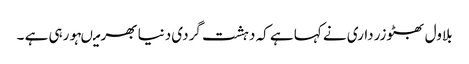
بلاول بھٹوزرداری نے کہا ہے کہ دہشت گردی دنیا بھر میںہورہی ہے ۔